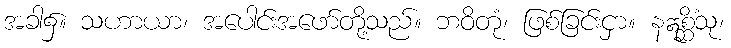
အခါ၌။ သဟာယာ၊ အပေါင်းအဖော်တို့သည်။ ဘဝိတုံ၊ ဖြစ်ခြင်းငှာ။ နဣစ္ဆိံသု၊